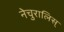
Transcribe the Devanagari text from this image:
नेचुरालिस्